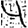
Digit: 4